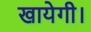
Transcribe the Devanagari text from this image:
खायेगी।